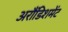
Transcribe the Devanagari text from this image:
अरौंडिशमेंट